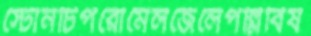
স্টোনচিপরোমেলজেলেপল্লিবিষ